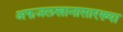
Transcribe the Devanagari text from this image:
अफजलखानासारख्या